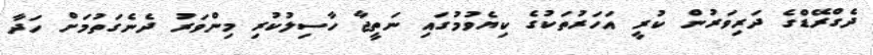
ދެގްރޭޑްގެ ދަރިވަރުން ކުރީ އަހަރުތަކުގެ ކިޔެވުމުގައި ނަތީޖާ ހާސިލުކުރި މިންވަރު ދެނެގަތުމަށް ހަދާ